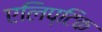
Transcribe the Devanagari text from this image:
एलिप्टिक